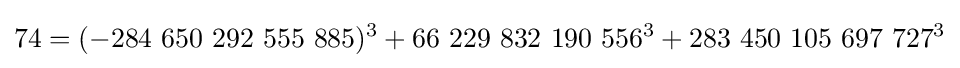
74=(-284\ 650\ 292\ 555\ 885)^{3}+66\ 229\ 832\ 190\ 556^{3}+283\ 450\ 105\ 697\ 727^{3}